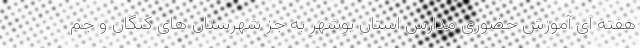
هفته ای آموزش حضوری مدارس استان بوشهر به جز شهرستان های کنگان و جم